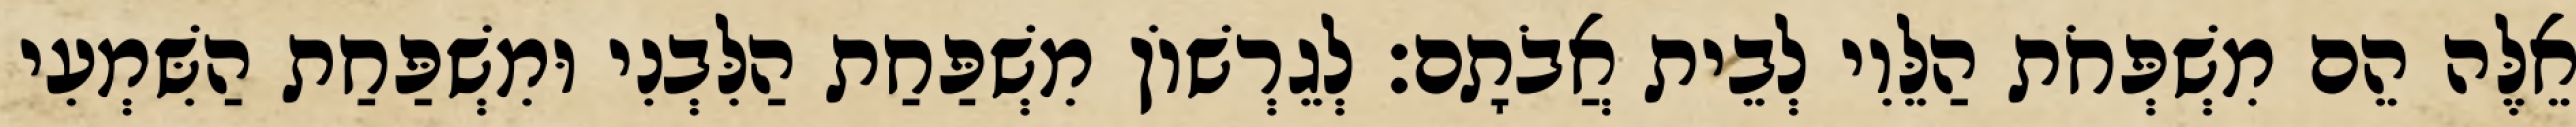
אֵלֶּה הֵם מִשְׁפְּחֹת הַלֵּוִי לְבֵית אֲבֹתָם׃ לְגֵרְשׁוֹן מִשְׁפַּחַת הַלִּבְנִי וּמִשְׁפַּחַת הַשִּׁמְעִי